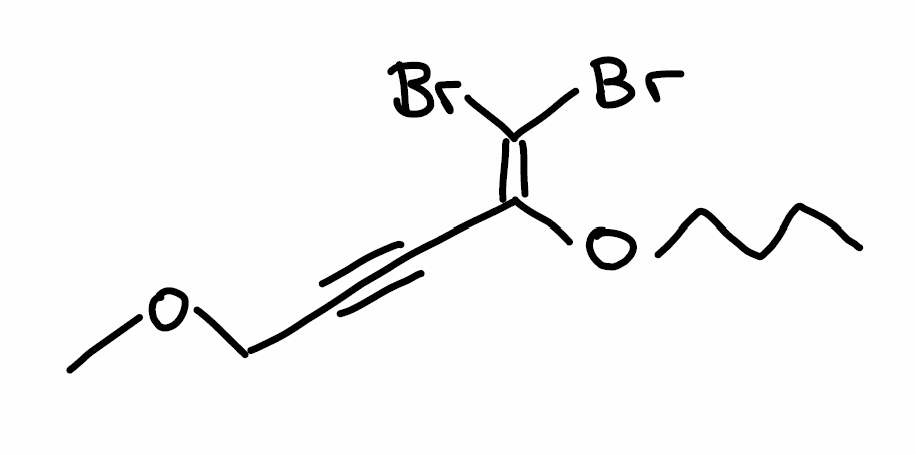
Simplified molecular-input line-entry system (SMILES) notation of the given molecule:
CCCCOC(=C(Br)Br)C#CCOC